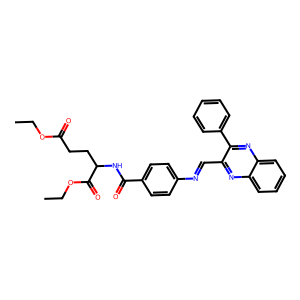
SMILES: CCOC(=O)CCC(NC(=O)c1ccc(N=Cc2nc3ccccc3nc2-c2ccccc2)cc1)C(=O)OCC
Inhibits HIV replication: No